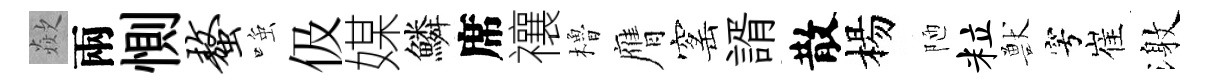
歘兩惻螯𫪻伋媒鱗席禳櫓膺窰諝散楊陋粒獸穹崔激